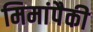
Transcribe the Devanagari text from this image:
मिमांपैकी